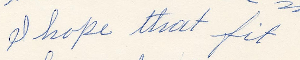
I hope that fit